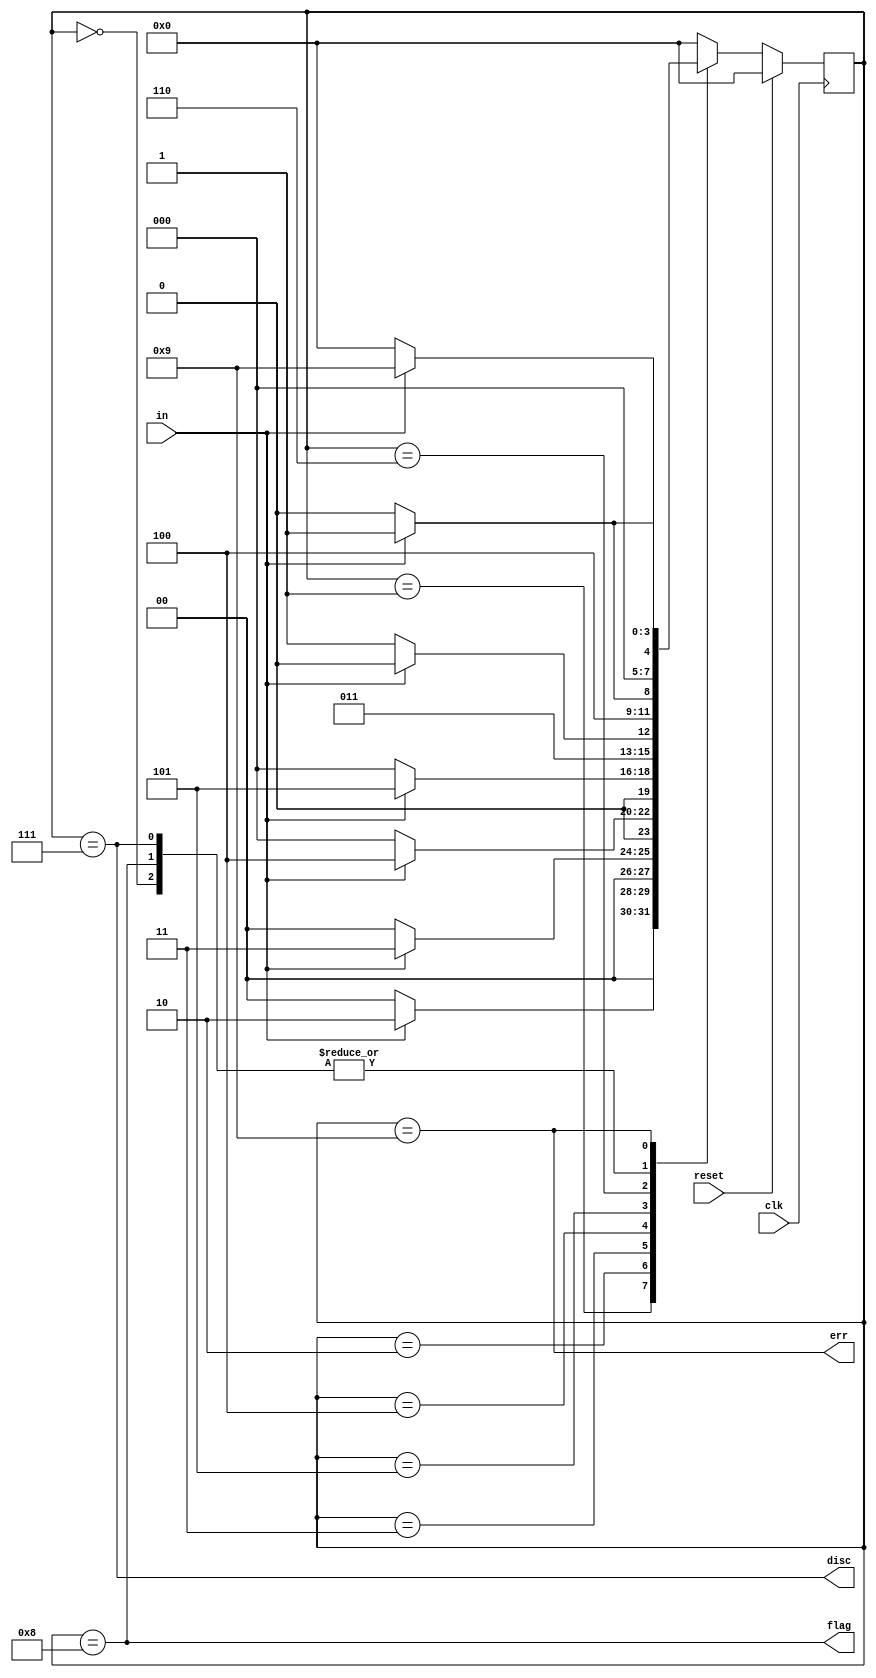
module top_module(
    input clk,
    input reset,    // Synchronous reset
    input in,
    output disc,
    output flag,
    output err);
    parameter S0  = 0,S1  = 1 , S2  = 2  , S3  = 3 , S4  = 4 ,S5 = 5 , S6 = 6 ,DISC = 7 ,FLAG = 8 ,ERROR = 9;
    reg[3:0] state ,next;
    
    always @(*) begin
        case(state)
          S0:begin next <= in ? S1 : S0; end
        	S1:begin next <= in ? S2 : S0;  end
        	S2:begin next <= in ? S3 : S0;  end
        	S3:begin next <= in ? S4 : S0;  end
       		S4:begin next <= in ? S5 : S0; end
        	S5:begin next <= in ? S6 : DISC;  end
          S6:begin next <= in ? ERROR : FLAG;  end
        	DISC:begin next <= in ? S1:S0;  end
        	FLAG:begin next <= in ? S1:S0;  end
        	ERROR:begin next <= in ? ERROR : S0;  end
        	default: next <= S0;
        endcase
    end
    
    always @(posedge clk)begin
        if(reset)
            state <= S0;
        else
            state <= next;
    end
    
    assign disc = ( state== DISC );
    assign flag = ( state== FLAG );
    assign err =  ( state== ERROR );

endmodule